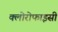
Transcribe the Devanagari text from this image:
क्लोरोफाइसी